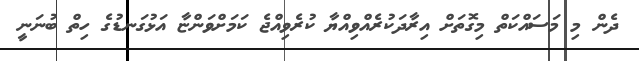
ދެން މި މަސައްކަތް މިގޮތަށް އިރާދަކުރެއްވިއްޔާ ކުރެވިއްޖެ ކަމަށްވަންޏާ އަޅުގަނޑުގެ ހިތް ބުނަނީ